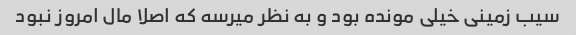
سیب زمینی خیلی مونده بود و به نظر میرسه که اصلا مال امروز نبود